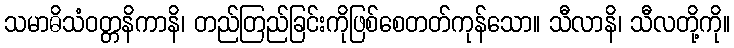
သမာဓိသံဝတ္တနိကာနိ၊ တည်တြည်ခြင်းကိုဖြစ်စေတတ်ကုန်သော။ သီလာနိ၊ သီလတို့ကို။